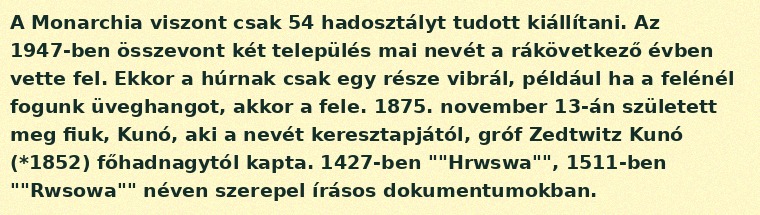
A Monarchia viszont csak 54 hadosztályt tudott kiállítani. Az 1947-ben összevont két település mai nevét a rákövetkező évben vette fel. Ekkor a húrnak csak egy része vibrál, például ha a felénél fogunk üveghangot, akkor a fele. 1875. november 13-án született meg fiuk, Kunó, aki a nevét keresztapjától, gróf Zedtwitz Kunó (*1852) főhadnagytól kapta. 1427-ben ""Hrwswa"", 1511-ben ""Rwsowa"" néven szerepel írásos dokumentumokban.